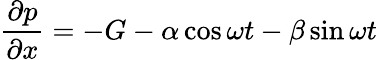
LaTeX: {\frac{\partial p}{\partial x}}=-G-\alpha\cos\omega t-\beta\sin\omega t